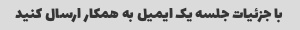
با جزئیات جلسه یک ایمیل به همکار ارسال کنید